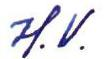
H.V.